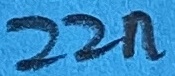
Text: 22n